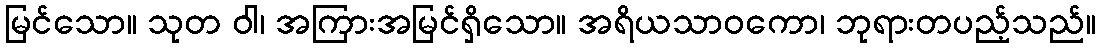
မြင်သော။ သုတ ဝါ၊ အကြားအမြင်ရှိသော။ အရိယသာဝကော၊ ဘုရားတပည့်သည်။